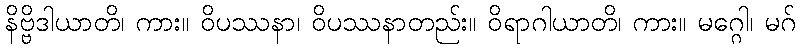
နိဗ္ဗိဒါယာတိ၊ ကား။ ဝိပဿနာ၊ ဝိပဿနာတည်း။ ဝိရာဂါယာတိ၊ ကား။ မဂ္ဂေါ၊ မဂ်